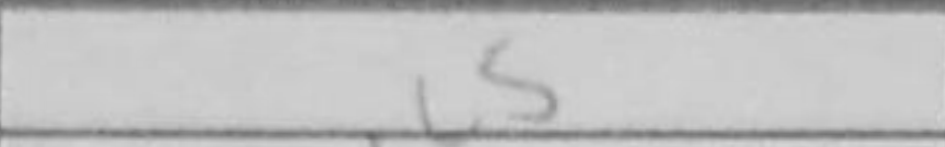
Transcription: c5